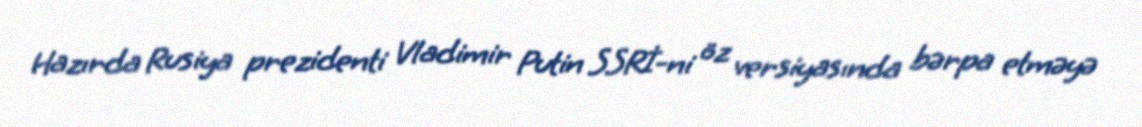
Hazırda Rusiya prezidenti Vladimir Putin SSRİ-ni öz versiyasında bərpa etməyə